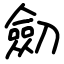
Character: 劎